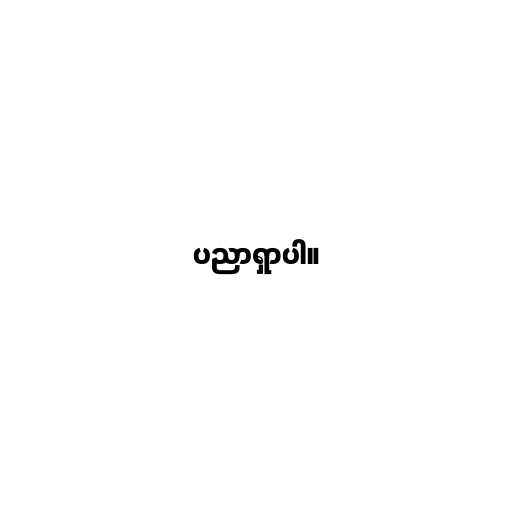
ပညာရှာပါ။